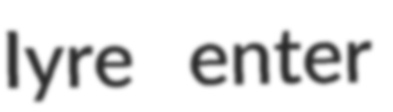
Iyre enter